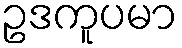
ဥဒကူပမာ